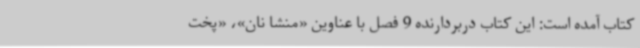
کتاب آمده است: این کتاب دربردارنده 9 فصل با عناوین «منشا نان»، «پخت